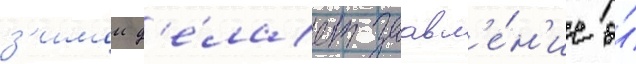
з'имои д'е́лает заавл'е́н'ие о́